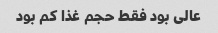
عالی بود فقط حجم غذا کم بود